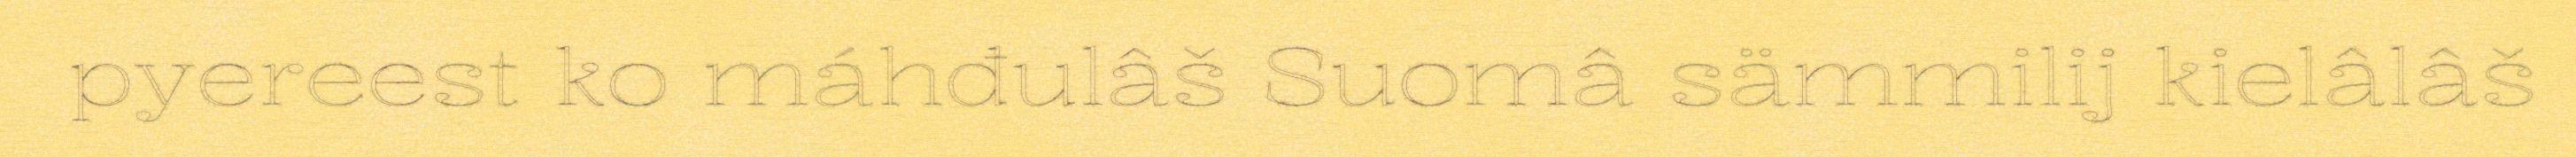
pyereest ko máhđulâš Suomâ sämmilij kielâlâš